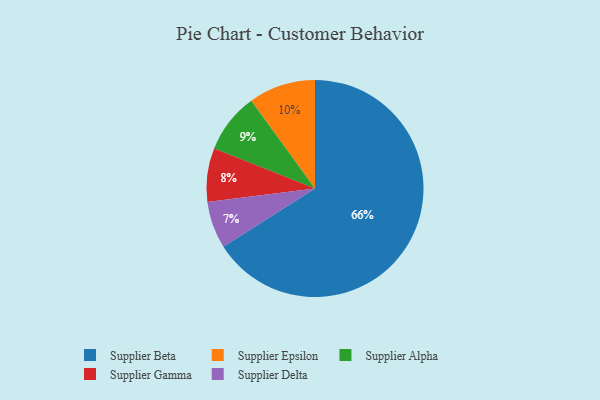
{"axis": {"x": "Category", "y": "Percentage"}, "legend": ["Supplier Alpha", "Supplier Beta", "Supplier Delta", "Supplier Epsilon", "Supplier Gamma"], "data": [{"x": "Supplier Delta", "y": 7, "type": "Supplier Delta"}, {"x": "Supplier Epsilon", "y": 10, "type": "Supplier Epsilon"}, {"x": "Supplier Gamma", "y": 8, "type": "Supplier Gamma"}, {"x": "Supplier Alpha", "y": 9, "type": "Supplier Alpha"}, {"x": "Supplier Beta", "y": 66, "type": "Supplier Beta"}]}